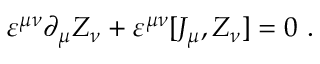
\varepsilon ^ { \mu \nu } \partial _ { \mu } Z _ { \nu } + \varepsilon ^ { \mu \nu } [ J _ { \mu } , Z _ { \nu } ] = 0 ~ .